Annual report on the mental hospital in the Central Provinces and Berar (Nagpur) - 1927-1951
Year: 1927
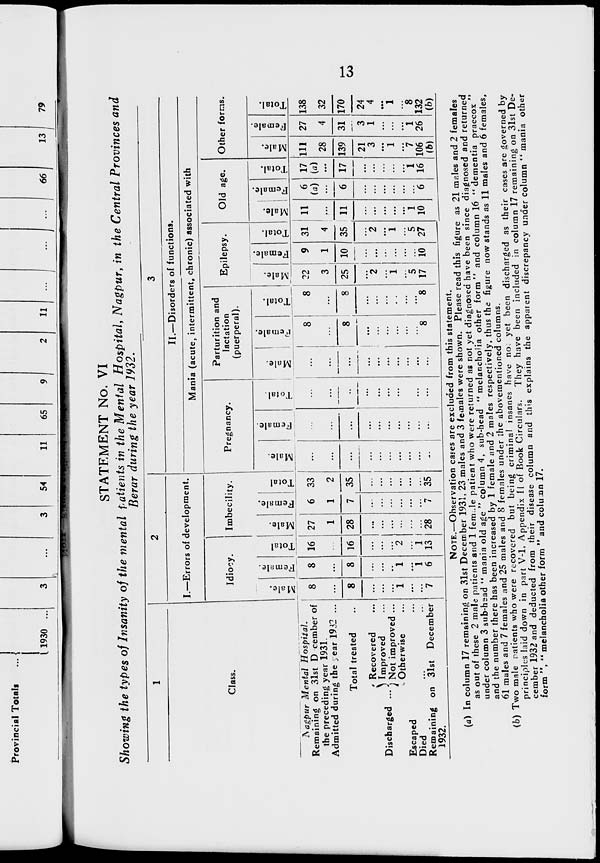
13
STATEMENT No. VI
Showing the types of Insanity of the mental patients in the Mental Hospital, Nagpur, in the Central Provinces and
Berar during the year 1932.
1
Class.
Nagpur Mental Hospital.
Remaining on 31st December of
the preceding year 1931.
Admitted during the year 1932 ...
Total treated ...
Discharged ...
Recovered ...
Improved ...
Not improved ...
Otherwise ...
Escaped ...
Died ... ...
Remaining on 31st December
1932.
2
I.—Errors of development.
Idiocy.
Male.
8
...
8
...
...
...
1
...
...
7
Female.
8
...
8
...
...
...
1
...
1
6
Total.
16
...
16
...
...
...
2
...
1
13
Imbecility.
Male.
27
1
28
...
...
...
...
...
...
28
Female.
6
1
7
...
...
...
...
...
...
7
Total.
33
2
35
...
...
...
...
...
...
35
3
II.—Disorders of functions.
Mania (acute, intermittent, chronic) associated with
Pregnancy.
Male.
...
...
...
...
...
...
...
...
...
...
Female.
...
...
...
...
...
...
...
...
...
...
Total.
...
...
...
...
...
...
...
...
...
...
Parturition and
lactation
(puerperal).
Male.
...
...
...
...
...
...
...
...
...
...
Female.
8
...
8
...
...
...
...
...
...
8
Total.
8
...
8
...
...
...
...
...
...
8
Epilepsy.
Male.
22
3
25
...
2
...
1
...
5
17
Female.
9
1
10
...
...
...
...
...
...
10
Total.
31
4
35
...
2
...
1
...
5
27
Old age.
Male.
11
...
11
...
...
...
...
...
1
10
Female.
6
(a)
...
6
...
...
...
...
...
...
6
Total.
17
(a)
...
17
...
...
...
...
...
1
16
Other forms.
Male.
111
28
139
21
3
...
1
...
7
106
(b)
Female.
27
4
31
3
1
...
...
...
1
26
Total.
138
32
170
24
4
...
1
...
8
132
(b)
NOTE.—Observation cases are excluded from this statement.
(a) In column 17 remaining on 31st December 1931, 23 males and 3 females were shown. Please read this figure as 21 males and 2 females
as out of these 2 male patients and 1 female patient who were returned as not yet diagnosed have been since diagnosed and returned
under column 3 sub-head " mania old age " column 4, sub-head " melancholia other form" and column 16 " dementia praecox "
and the number there has been increased by 1 female and 2 males respectively, thus the figure now stands as 11 males and 6 females,
61 males and 7 females and 25 males and 8 females under the above mentioned columns.
(b) Two male patients who were recovered but being criminal insanes have not yet been discharged as their cases are governed by
principles laid down in part V-1, Appendix II of Book Circulars. They have been included in column 17 remaining on 31st De-
cember 1932 and deducted from their disease column and this explains the apparent discrepancy under column " mania other
form ", " melancholia other form " and column 17.